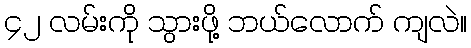
၄၂ လမ်းကို သွားဖို့ ဘယ်လောက် ကျလဲ။